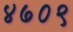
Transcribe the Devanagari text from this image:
४७०९